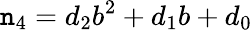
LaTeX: \mathtt{n}_{4}=d_{2}b^{2}+d_{1}b+d_{0}